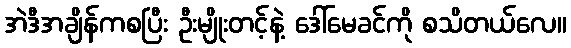
အဲဒီအချိန်ကစပြီး ဦးမျိုးတင့်နဲ့ ဒေါ်မေခင်ကို စသိတယ်လေ။